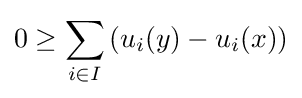
0\geq \sum _{i\in I}\left(u_{i}(y)-u_{i}(x)\right)